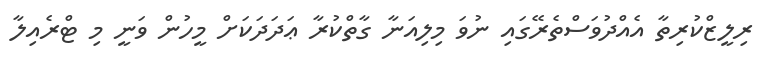
ރިލީޒްކުރިތާ އެއްދުވަސްތެރޭގައި ނުވަ މިލިއަނާ ގާތްކުރާ ޢަދަދަކަށް މީހުން ވަނީ މި ޓްރެއިލާ